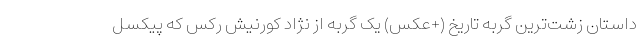
داستان زشت‌ترین گربه تاریخ (+عکس) یک گربه از نژاد کورنیش رکس که پیکسل